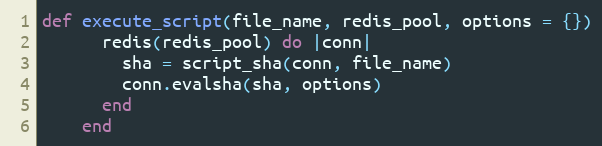
Language: Ruby
def execute_script(file_name, redis_pool, options = {})
      redis(redis_pool) do |conn|
        sha = script_sha(conn, file_name)
        conn.evalsha(sha, options)
      end
    end